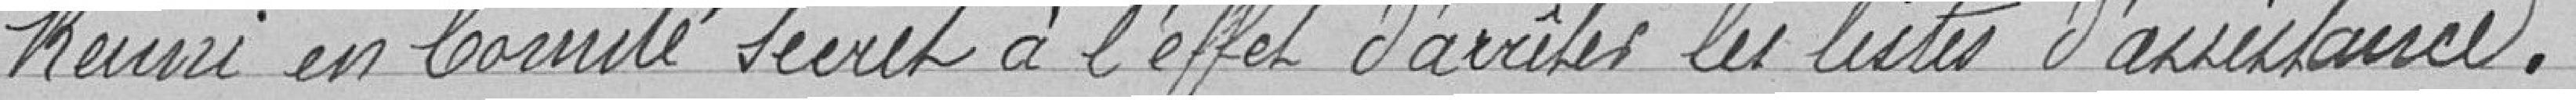
Réuni en comité secret à l'effet d'arrêter les listes d'assistance